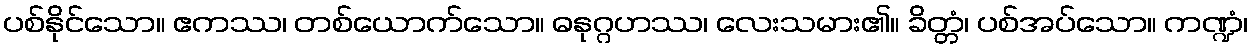
ပစ်နိုင်သော။ ဧကဿ၊ တစ်ယောက်သော။ ဓနုဂ္ဂဟဿ၊ လေးသမား၏။ ခိတ္တံ၊ ပစ်အပ်သော။ ကဏ္ဍံ၊